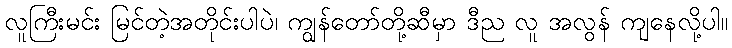
လူကြီးမင်း မြင်တဲ့အတိုင်းပါပဲ၊ ကျွန်တော်တို့ဆီမှာ ဒီည လူ အလွန် ကျနေလို့ပါ။